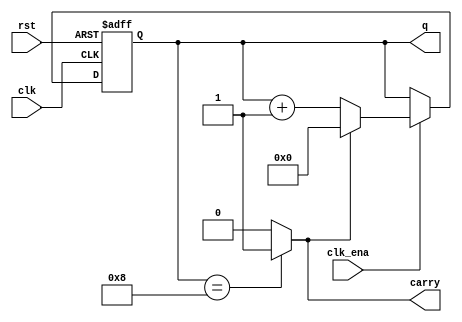
module counters_mod_rtl(
  clk, rst, clk_ena, 
  q, 
  carry
);
  parameter ADDR_MOD = 9;
  parameter ADDR_WIDTH = 9;
  input clk, clk_ena, rst;
  output [ADDR_WIDTH-1:0] q;
  output carry;
  reg [ADDR_WIDTH-1:0] cnt;
  reg carry_tmp;
  always @ (posedge clk or posedge rst)
    begin
    if(rst)
      cnt <= 0;
    else if(clk_ena)
   if(carry_tmp)
    cnt <= 0;
   else
      cnt <= cnt + 1;  
  end
  always @ (cnt)
    begin
    if(cnt == ADDR_MOD-1)
      carry_tmp = 'b1;
    else 
      carry_tmp = 'b0;  
  end
  assign q = cnt;
  assign carry = carry_tmp;
endmodule